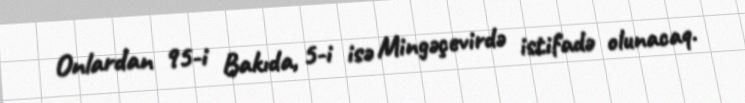
Onlardan 95-i Bakıda, 5-i isə Mingəçevirdə istifadə olunacaq.